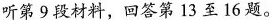
听第9段材料,回答第 13至16题.